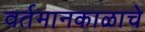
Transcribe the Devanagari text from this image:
वर्तमानकाळाचे